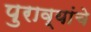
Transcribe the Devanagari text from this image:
पुराव्यांचे